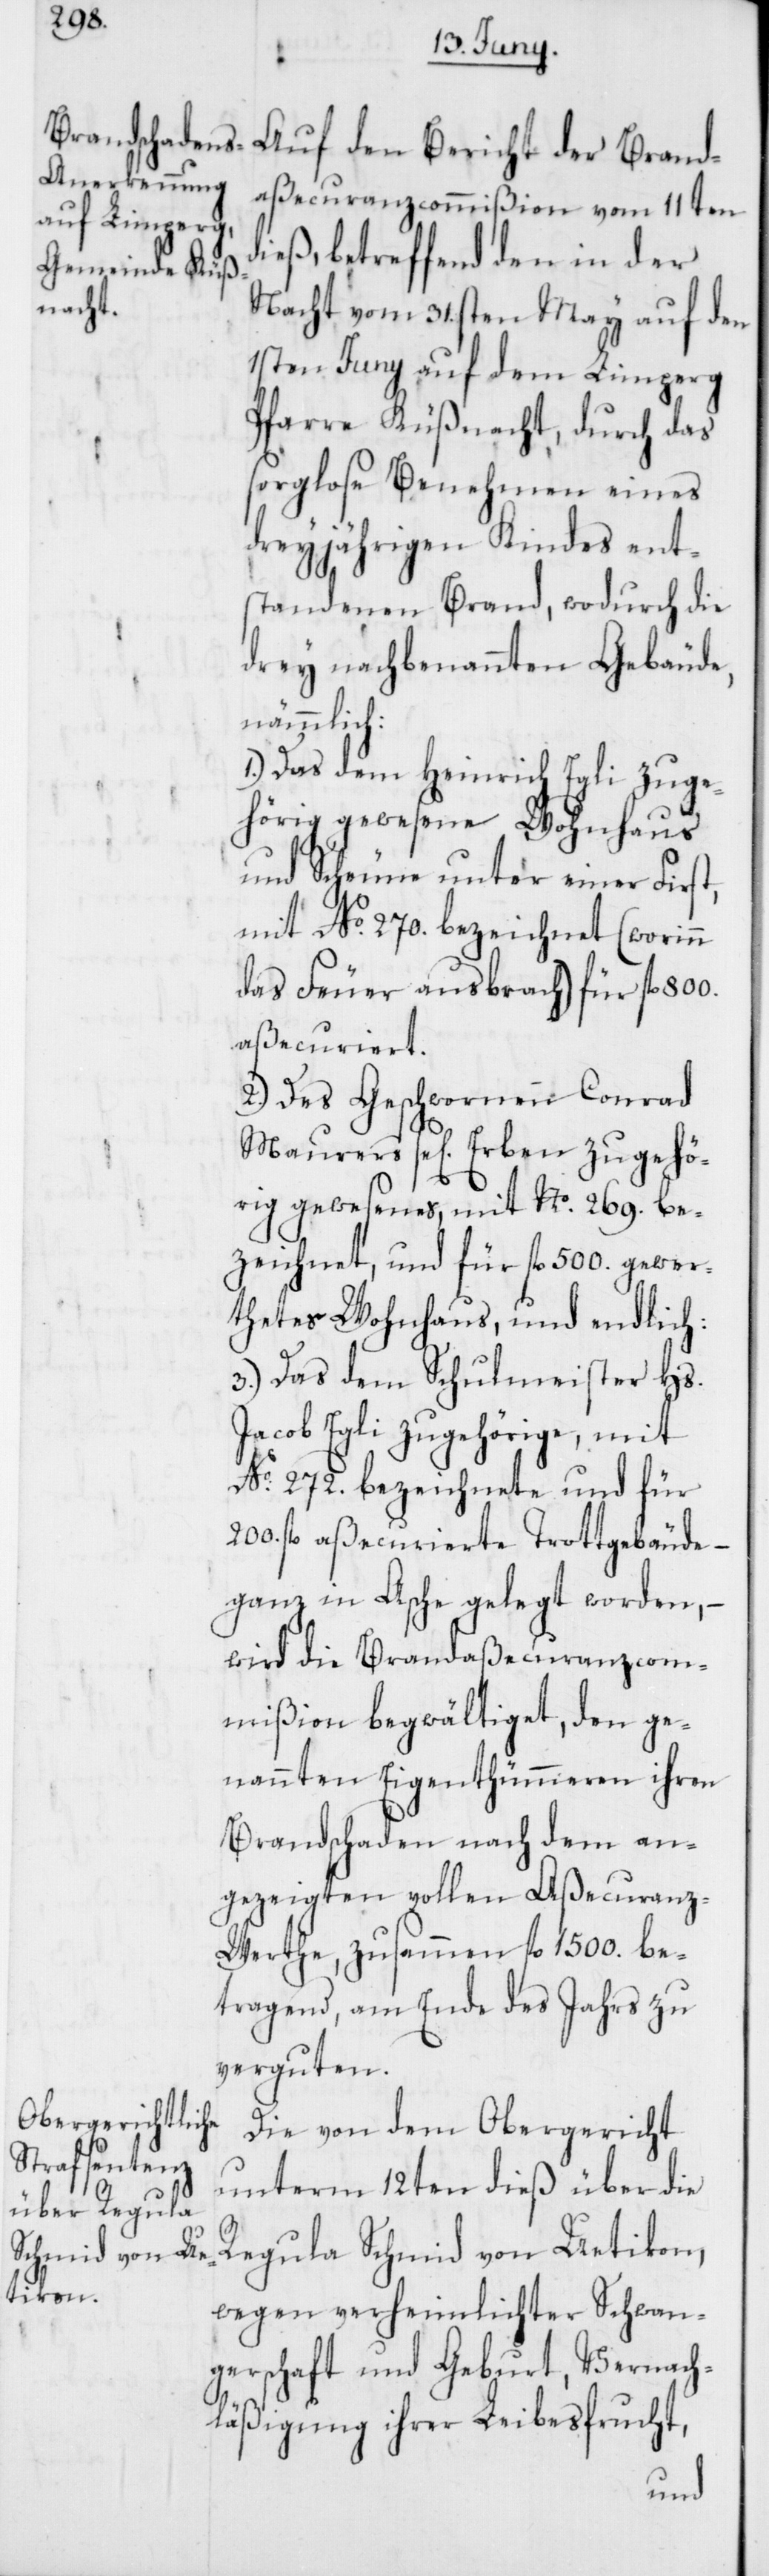
200.

Auf den Bericht der Brand¬
aßecuranzcommißion vom 11ten
dieß, betreffend den in der
Nacht vom 31sten May auf den
1sten Juny auf dem Limperg
Pfarre Küßnacht, durch das
sorglose Benehmen eines
dreyjährigen Kindes ent¬
standenen Brand, wodurch die
drey nachbenannten Gebäude,
nämmlich:
Das dem Heinrich Egli zuge¬
hörig gewesene Wohnhaus
und Scheune unter einer First,
mit No. 270. bezeichnet (worinn
das Feuer ausbrach) für fl.
aßecuriert.
2.) Des Geschwornen Conrad
Maurers se[lig] Erben zugehö¬
rig gewesenes, mit No. 269. be¬
zeichnet, und für fl. 500. gewer¬
thetes Wohnhaus, und endlich:
3.) Das dem Schulmeister Hs.
Jacob Egli zugehörige, mit
No. 272. bezeichnete und für
fl. aßecurierte Trottgebäude –
ganz in Asche gelegt worden, –
wird die Brandaßecuranzcom¬
mißion begwältiget, den ge¬
nannten Eigenthümmeren ihren
Brandschaden nach dem an¬
gezeigten vollen Aßecuranz-W¬
erthe, zusammen fl. 1500. be¬
tragend, am Ende des Jahrs zu
verguten
Die von dem Obergericht
unterm 12ten dieß über die
Regula Schmid von Uetikon,
wegen verheimlichter Schwan¬
gerschaft und Geburt, Vernach¬
läßigung ihrer Leibesfrucht,